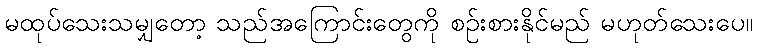
မထုပ်သေးသမျှတော့ သည်အကြောင်းတွေကို စဉ်းစားနိုင်မည် မဟုတ်သေးပေ။